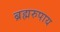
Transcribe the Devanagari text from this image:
ब्रह्मरुपाय